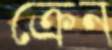
ক্রেন